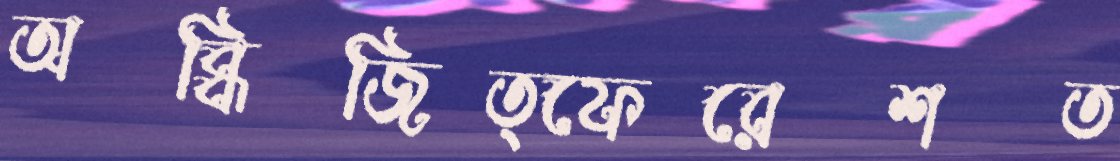
অব্ধিজিত্ফেরেশত